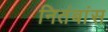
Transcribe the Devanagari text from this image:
नितंबांस